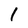
Character: 1